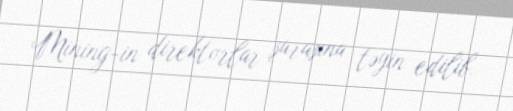
Mining-in direktorlar şurasına təyin edilib.